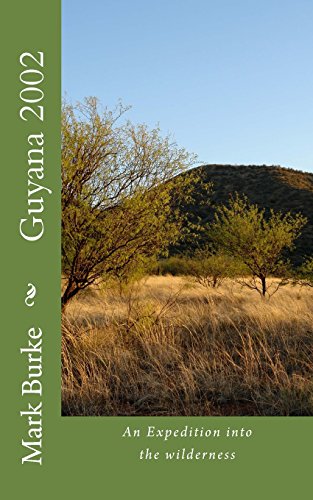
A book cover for Guyana 2002; Mark Burke; Travel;